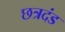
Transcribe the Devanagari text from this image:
छत्रदंड